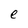
Character: e